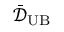
\bar { \mathcal { D } } _ { \mathrm { U B } }